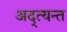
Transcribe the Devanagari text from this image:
अद्त्यन्त